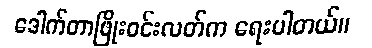
ဒေါက်တာဖြိုးဝင်းလတ်က ရေးပါတယ်။